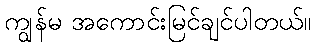
ကျွန်မ အကောင်းမြင်ချင်ပါတယ်။